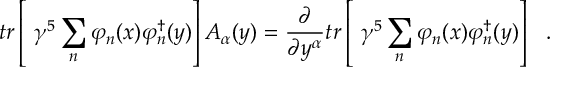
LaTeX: t r \left[ \ \gamma ^ { 5 } \sum _ { n } \varphi _ { n } ( x ) \varphi _ { n } ^ { \dag } ( y ) \right] { \cal A } _ { \alpha } ( y ) = \frac { \partial } { \partial y ^ { \alpha } } t r \left[ \ \gamma ^ { 5 } \sum _ { n } \varphi _ { n } ( x ) \varphi _ { n } ^ { \dag } ( y ) \right] \ \ .